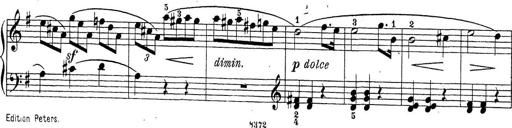
Title: Sonatina Album
Composer: Louis KÃ¶hler